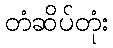
တံဆိပ်တုံး